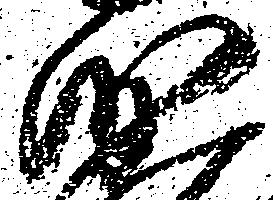
沙